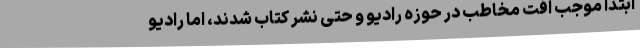
ابتدا موجب افت مخاطب در حوزه رادیو و حتی نشر کتاب شدند، اما رادیو